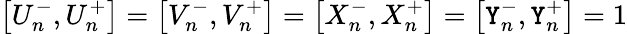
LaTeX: \left[U_{n}^{-},U_{n}^{+}\right]=\left[V_{n}^{-},V_{n}^{+}\right]=\left[X_{n}^{-},X_{n}^{+}\right]=\left[\mathtt{Y}_{n}^{-},\mathtt{Y}_{n}^{+}\right]=1